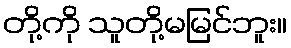
တို့ကို သူတို့မမြင်ဘူး။